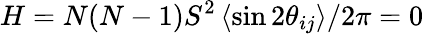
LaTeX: H=N(N-1)S^{2}\left<\sin{2\theta_{ij}}\right>/2\pi=0